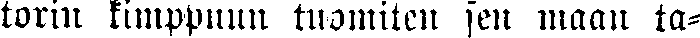
torin kimppuun tuomiten sen maan ta-